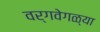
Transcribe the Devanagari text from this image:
वर्गवेगळ्या